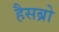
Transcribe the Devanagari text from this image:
हैसब्रो